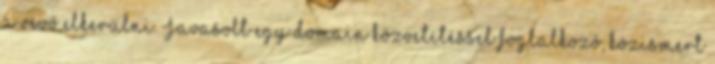
a vevő elkerülni. Javasolt egy domain közvetítéssel foglalkozó, közismert